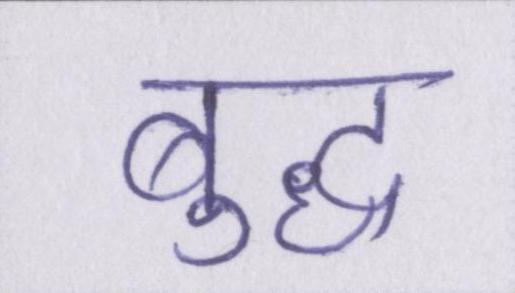
बुद्ध